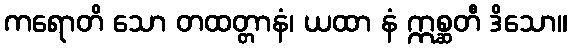
ကရောတိ သော တထတ္တာနံ၊ ယထာ နံ ဣစ္ဆတီ ဒိသော။